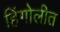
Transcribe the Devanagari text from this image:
हिंगोलीत